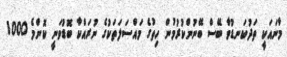
މާނައަކީ ތަދުކަނޑުވާ ބޭސް ބޭނުންކުރުމުން ހިތުގެ މައްސަލަތަކުގެ ނުރައްކާ ބޮޑުވަނީ ކޮންމެ 1000